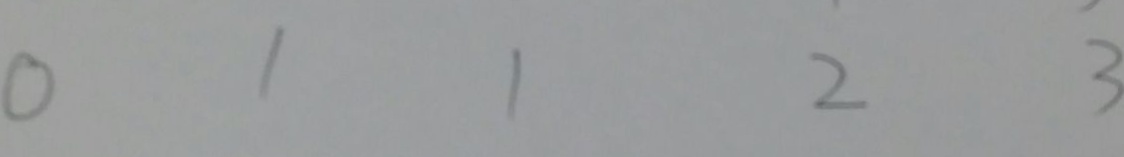
0 1 1 2 3